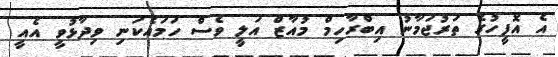
އެ އޮފީހުގެ ތަރުޖަމާނު އިބްރާހިމް މުއާޒް އަލީ ވެސް ހަމައެކަނި ވިދާޅުވީ އެއީ